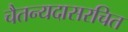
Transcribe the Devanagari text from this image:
चैतन्यदासरचित